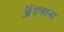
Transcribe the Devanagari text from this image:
ॲडव्हान्स